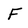
Character: F